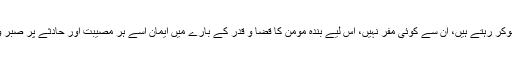
قضا و قدر کے اٹل فیصلے نافذ ہوکر رہتے ہیں، ان سے کوئی مفر نہیں، اس لیے بندۂ مومن کا قضا و قدر کے بارے میں ایمان اسے ہر مصیبت اور حادثے پر صبر و تسکین کی دولت عطا کرتا ہے۔